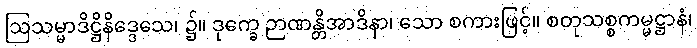
ဩသမ္မာဒိဋ္ဌိနိဒ္ဒေသေ၊ ၌။ ဒုက္ခေ ဉာဏန္တိအာဒိနာ၊ သော စကားဖြင့်။ စတုသစ္စကမ္မဋ္ဌာနံ၊